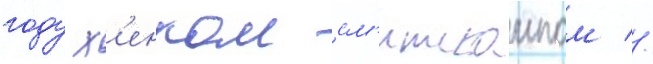
году х'енком см'итскампом //